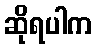
ဆိုရပါက